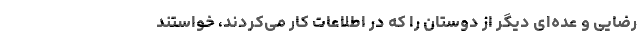
رضایی و عده‌ای دیگر از دوستان را که در اطلاعات کار می‌کردند، خواستند